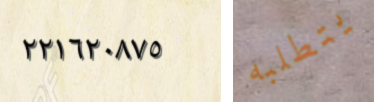
٢٢١٦٢٠٨٧٥ يتطلبه